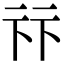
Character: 𠧥